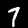
Digit: 7